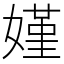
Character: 嫤